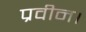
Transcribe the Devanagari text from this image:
प्रवीन।